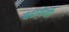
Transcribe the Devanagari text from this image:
बढायेगी।